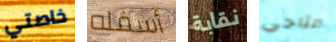
خاصتي أسفله نقابة التاجي